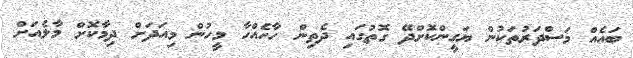
ބައެއް މަސްދަރުތަކުން ޔަގީންކޮށްދޭ ގޮތުގައި ދެތިން ހާހެއްހާ މީހުން މިއަދަށް ދިމާކޮށް މާލެއަށް